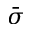
\bar { \sigma }